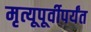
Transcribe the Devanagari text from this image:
मृत्यूपूर्वीपर्यंत